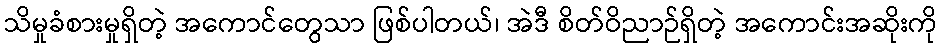
သိမှုခံစားမှုရှိတဲ့ အကောင်တွေသာ ဖြစ်ပါတယ်၊ အဲဒီ စိတ်ဝိညာဉ်ရှိတဲ့ အကောင်းအဆိုးကို